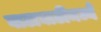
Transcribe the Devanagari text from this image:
वाटाघाटींमध्ये